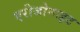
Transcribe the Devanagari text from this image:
एरीजोनाइट